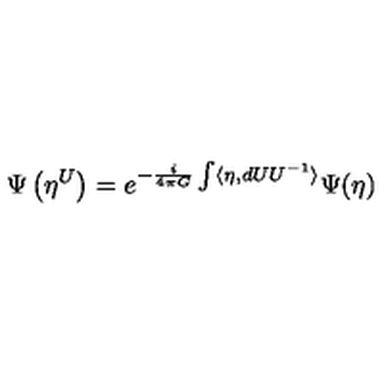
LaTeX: \Psi \left( \eta ^ { U } \right) = e ^ { - \frac { i } { 4 \pi G } \int \langle \eta , d U U ^ { - 1 } \rangle } \Psi ( \eta )